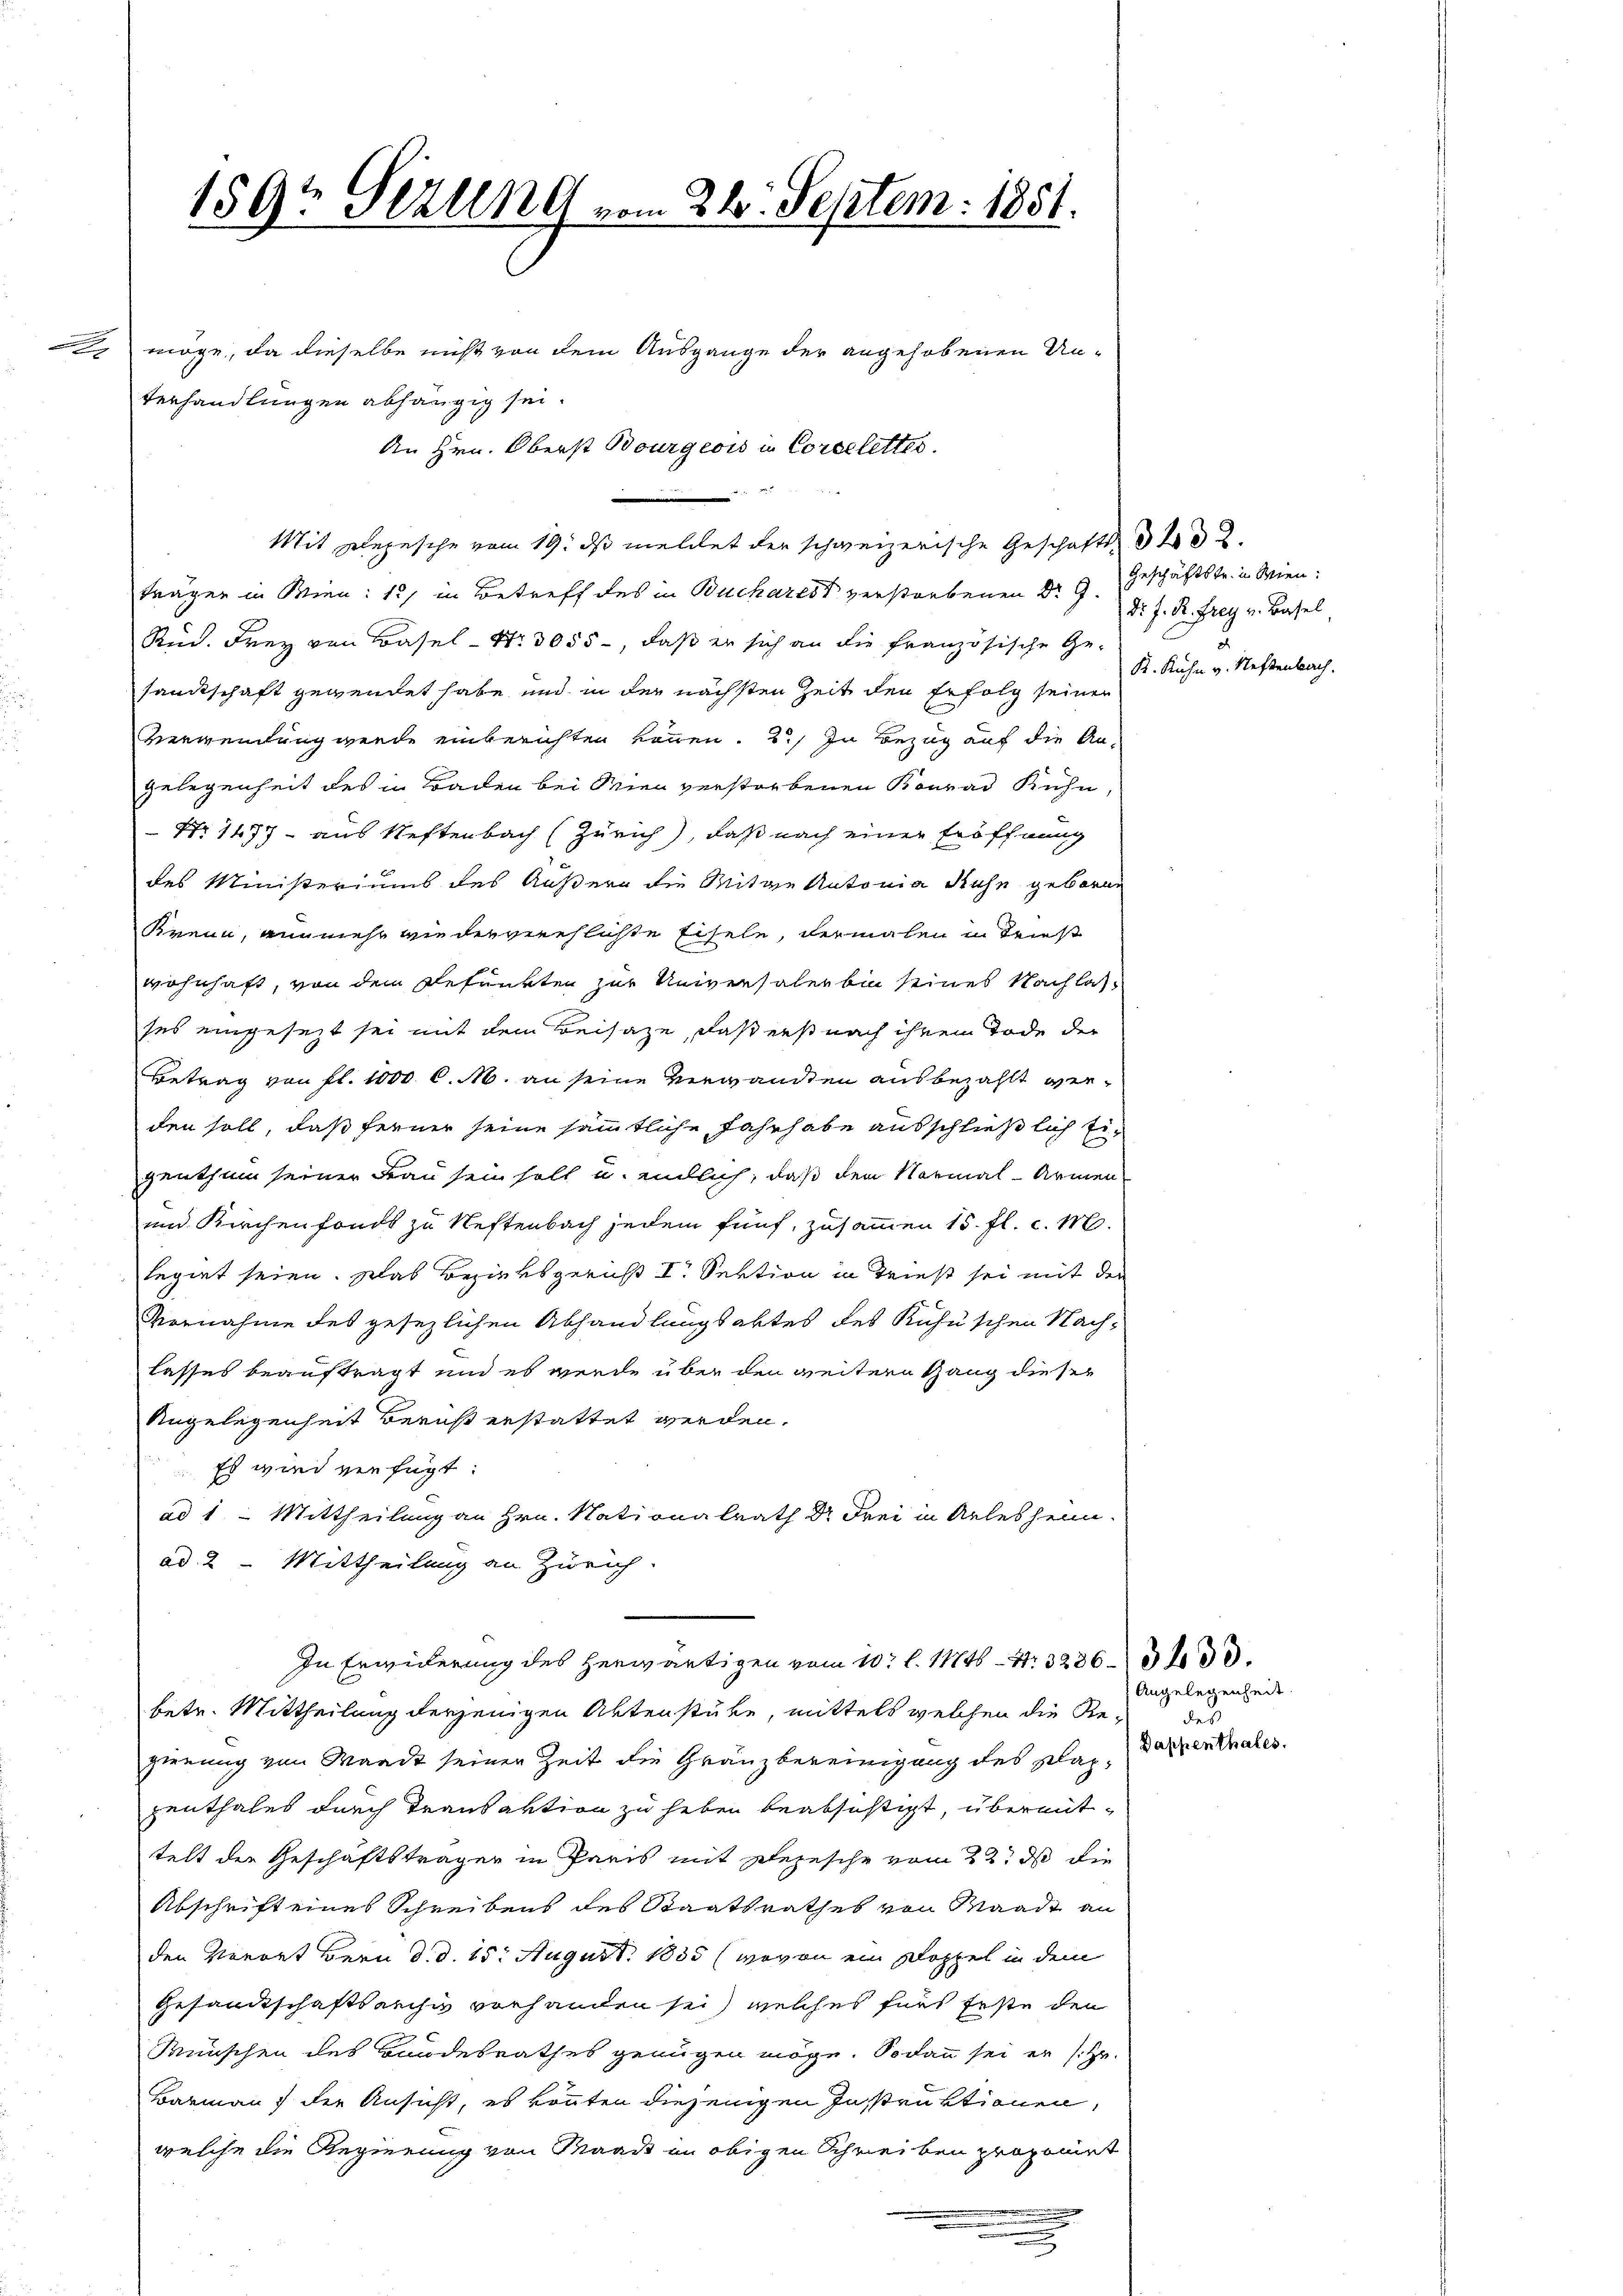
159t Sezung vom 24. Septem. 1851.
 möge, da dieselbe nicht von dem Ausgange der angehobenen Un-
Verhandlungen abhängig sei.
An Hrn. Oberst Bourgeois in Corelletter.

trägen in Wien: 1) in Betreff des in Buchares verstorbenen Dr G.
Rud. Frey von Basel- Nr. 3055 -, daß er sich an die französische Ge-
sandtschaft gewendet habe und in der nächsten Zeit den Erfolg seinen
Verwendung werde einberichten können. 2) In Bezug auf die An¬
Gelegenheit des in Baden bei Wien verstorbenen Konrad Kühn,
Nr. 1457 - aus Neftenbach (Zürich), daß nach einer Eröffnung
des Ministeriums des Äußern die Mitge Antonia Ruhe gebore
Krein, an mehr wie der verehlichte Eiseln, dermalen in Tries
wohnhaft, von dem Refuerten zur Universaler bin seines Nachlas
ses eingesezt sei mit dem Beisaze, daß erst nach ihrem Tode der
Betrag von fl. 1000 l. M. an seine Verwandten ausbezahlt werden soll, daß ferner seine sämmtliche Fahrhabe ausschließlich Eigenthum seiner Frau sein soll u. eintlich, daß den Normal-Armen
und Kirchenfonds zu Neftenbach jedem fünf, zusammen 15. fl. c. 18.
legirt seien. Das Bezirksgericht I. Sektion in Triest sei mit den
Vornahme des gesezlichen Abhandlungsaktes des Kühnschen Nach-
lasses beauftragt und es wurde über den weitern Gang dieser
Angelegenheit Bericht erstattet werden.
Es wird verfügt:
ad 1. Mittheilung an Hrn. Nationalrath Dr Frei in Arlesheim.
ad 2. Mittheilung an Zürich.
In Erwiderung des herwärtigen vom 10. l. 11746 - 4. 3236. 333.
betr. Mittheilung derjenigen Aktenstüke, mittels welchen die Re-
ginung von Waadt seiner Zeit die Gränzbereinigung des Klag. Darrenthaler
penthales durch Transaktion zu heben beabsistigt, übermittelt der Geschäftsträger in Paris mit Depesche vom 22. ds die
Abschrift eines Schreibens des Staatsrathes von Waadt an
den Verort Bern d. d. 15. August 1855 (wovon ein Doppel in dem
Gesamtschaftsausi vorhanden sei, welches fürs feste den
Wünschen des Bandesrathes genügen möge. Sodann sei er s. Hr.
Barmann der Ansicht, es konnten diejenigen Instruktionen,
welche die Regierung von Maaßt im obigen Schreiben proponirt
.
.

Mit Depesche vom 19. ds meldet der schweizerische Geschäftst

Geschäftstr. in Wien.
Dr. J. R. Frey v. Basel
K. Kuhn v. Neftenbach.

Angelegenheit.
des